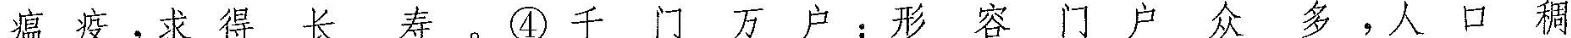
瘟疫，求得长寿密。千门万户:形容门户多，人口稠